Report of the Indian Hemp Drugs Commission, 1894-1895 - Volume V
Year: 1894
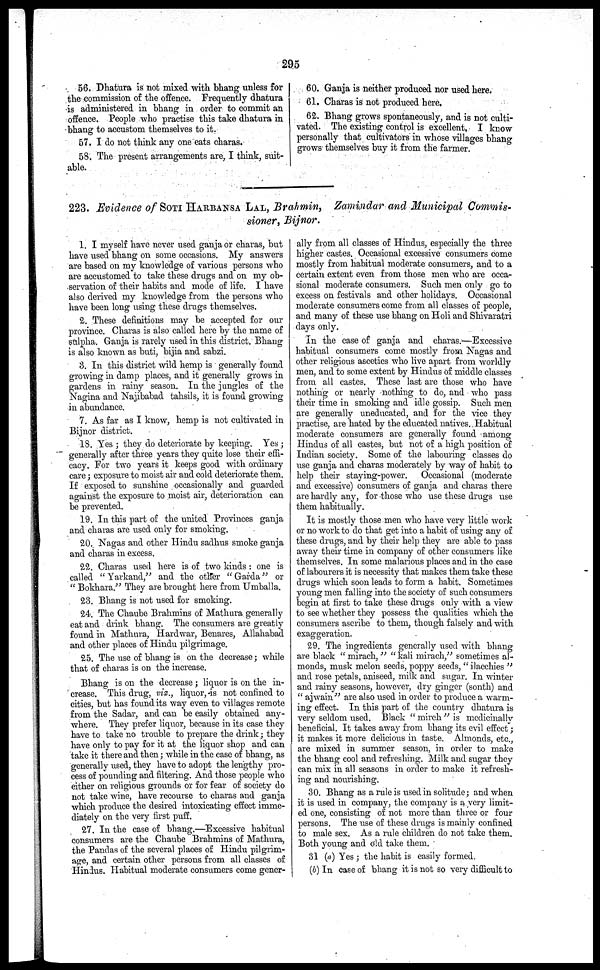
295
56. Dhatura is not mixed with bhang unless for
the commission of the offence. Frequently dhatura
is administered in bhang in order to commit an
offence. People who practise this take dhatura in
bhang to accustom themselves to it.
57. I do not think any one eats charas.
58. The present arrangements are, I think, suit-
able.
60. Ganja is neither produced nor used here.
61. Charas is not produced here.
62. Bhang grows spontaneously, and is not culti-
vated. The existing control is excellent, I know
personally that cultivators in whose villages bhang
grows themselves buy it from the farmer.
223. Evidence of SOTI HARBANSA LAL, Brahmin, Zamindar and Municipal Commis-
sioner, Bijnor.
1. I myself have never used ganja or charas, but
have used bhang on some occasions. My answers
are based on my knowledge of various persons who
are accustomed to take these drugs and on my ob-
servation of their habits and mode of life. I have
also derived my knowledge from the persons who
have been long using these drugs themselves.
2. These definitions may be accepted for our
province. Charas is also called here by the name of
sulpha. Ganja is rarely used in this district. Bhang
is also known as buti, bijia and sabzi.
3. In this district wild hemp is generally found
growing in damp places, and it generally grows in
gardens in rainy season. In the jungles of the
Nagina and Najibabad tahsils, it is found growing
in abundance.
7. As far as I know, hemp is not cultivated in
Bijnor district.
18. Yes ; they do deteriorate by keeping. Yes ;
generally after three years they quite lose their effi-
cacy. For two years it keeps good with ordinary
care; exposure to moist air and cold deteriorate them.
If exposed to sunshine occasionally and guarded
against the exposure to moist air, deterioration can
be prevented.
19. In this part of the united Provinces ganja
and charas are used only for smoking.
20. Nagas and other Hindu sadhus smoke ganja
and charas in excess.
22. Charas used here is of two kinds : one is
called " Yarkand," and the other "Garda" or
" Bokhara." They are brought here from Umballa.
23. Bhang is not used for smoking.
24. The Chaube Brahmins of Mathura generally
eat and drink bhang. The consumers are greatly
found in Mathura, Hardwar, Benares, Allahabad
and other places of Hindu pilgrimage.
25. The use of bhang is on the decrease; while
that of charas is on the increase.
Bhang is on the decrease; liquor is on the in-
crease. This drug, viz., liquor, is not confined to
cities, but has found its way even to villages remote
from the Sadar, and can be easily obtained any-
where. They prefer liquor, because in its case they
have to take no trouble to prepare the drink; they
have only to pay for it at the liquor shop and can
take it there and then; while in the case of bhang, as
generally used, they have to adopt the lengthy pro-
cess of pounding and filtering. And those people who
either on religious grounds or for fear of society do
not take wine, have recourse to charas and ganja
which produce the desired intoxicating effect imme-
diately on the very first puff.
27. In the case of bhang.—Excessive habitual
consumers are the Chaube Brahmins of Mathura,
the Pandas of the several places of Hindu pilgrim-
age, and certain other persons from all classes of
Hindus. Habitual moderate consumers come gener-
ally from all classes of Hindus, especially the three
higher castes. Occasional excessive consumers come
mostly from habitual moderate consumers, and to a
certain extent even from those men who are occa-
sional moderate consumers. Such men only go to
excess on festivals and other holidays. Occasional
moderate consumers come from all classes of people,
and many of these use bhang on Holi and Shivaratri
days only.
In the case of ganja and charas.—Excessive
habitual consumers come mostly from Nagas and
other religious ascetics who live apart from worldly
men, and to some extent by Hindus of middle classes
from all castes. These last are those who have
nothing or nearly nothing to do, and who pass
their time in smoking and idle gossip. Such men
are generally uneducated, and for the vice they
practise, are hated by the educated natives. Habitual
moderate consumers are generally found among
Hindus of all castes, but not of a high position of
Indian society. Some of the labouring classes do
use ganja and charas moderately by way of habit to
help their staying-power. Occasional (moderate
and excessive) consumers of ganja and charas there
are hardly any, for those who use these drugs use
them habitually.
It is mostly those men who have very little work
or no work to do that get into a habit of using any of
these drugs, and by their help they are able to pass
away their time in company of other consumers like
themselves. In some malarious places and in the case
of labourers it is necessity that makes them take these
drugs which soon leads to form a habit. Sometimes
young men falling into the society of such consumers
begin at first to take these drugs only with a view
to see whether they possess the qualities which the
consumers ascribe to them, though falsely and with
exaggeration.
29. The ingredients generally used with bhang
are black " mirach, " " kali mirach," sometimes al-
monds, musk melon seeds, poppy seeds, "ilaechies "
and rose petals, aniseed, milk and sugar. In winter
and rainy seasons, however, dry ginger (sonth) and
" ajwain" are also used in order to produce a warm-
ing effect. In this part of the country dhatura is
very seldom used. Black " mirch " is medicinally
beneficial. It takes away from bhang its evil effect;
it makes it more delicious in taste. Almonds, etc.,
are mixed in summer season, in order to make
the bhang cool and refreshing. Milk and sugar they
can mix in all seasons in order to make it refresh-
ing and nourishing.
30. Bhang as a rule is used in solitude; and when
it is used in company, the company is a very limit-
ed one, consisting of not more than three or four
persons. The use of these drugs is mainly confined
to male sex. As a rule children do not take them.
Both young and old take them.
31 (a) Yes ; the habit is easily formed.
(b) In case of bhang it is not so very difficult to